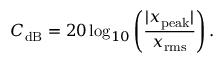
{ C } _ { \mathrm { d B } } = 2 0 \log _ { 1 0 } \left( { \frac { | x _ { \mathrm { p e a k } } | } { x _ { \mathrm { r m s } } } } \right) .